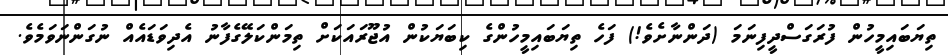
ތިޔަބައިމީހުން ފުރަގަސްދީފިނަމަ (ދަންނާށެވެ!) ފަހެ ތިޔަބައިމީހުންގެ ކިބަޔަކުން އުޖޫރައަކަށް ތިމަންކަލޭގެފާނު އެދިވަޑައެއް ނުގަންނަވަމެވެ.